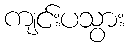
ကျင်းပသွား